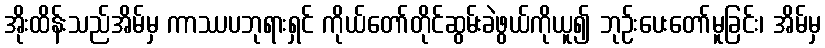
အိုးထိန်းသည်အိမ်မှ ကာဿပဘုရားရှင် ကိုယ်တော်တိုင်ဆွမ်းခဲဖွယ်ကိုယူ၍ ဘုဉ်းပေးတော်မူခြင်း၊ အိမ်မှ